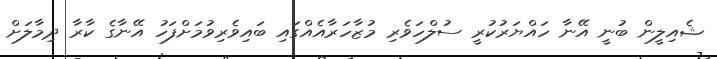
ޝެއިލީން ބުނީ އޭނާ ހައްޔަރުކުރީ ސުލްހަވެރި މުޒާހަރާއެއްގައި ބައިވެރިވުމަށްފަހު އޭނާގެ ކާރާ ދިމާލަށް